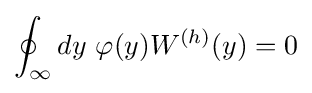
\oint _{\infty }dy\ \varphi (y)W^{(h)}(y)=0